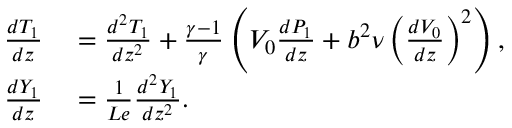
\begin{array} { r l } { \frac { d { T } _ { 1 } } { d z } } & { { } = \frac { d ^ { 2 } { T } _ { 1 } } { d z ^ { 2 } } + \frac { \gamma - 1 } { \gamma } \left( { V } _ { 0 } \frac { d { P } _ { 1 } } { d z } + b ^ { 2 } \nu \left( \frac { d V _ { 0 } } { d z } \right) ^ { 2 } \right) , } \\ { \frac { d { Y } _ { 1 } } { d z } } & { { } = \frac { 1 } { L e } \frac { d ^ { 2 } { Y } _ { 1 } } { d z ^ { 2 } } . } \end{array}